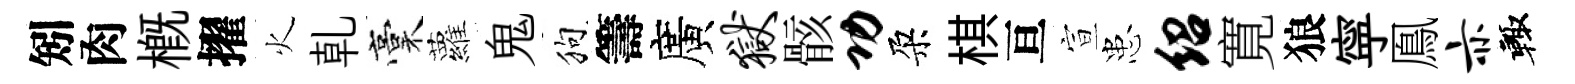
矧肉槪擢火乹稾蘿鬼狗籌廣狱骸功朶棋亘宣患绍寛狼寜鳯亦輙